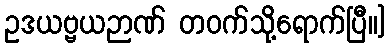
ဥဒယဗ္ဗယဉာဏ် တဝက်သို့ရောက်ပြီ။]